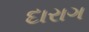
દારાગ